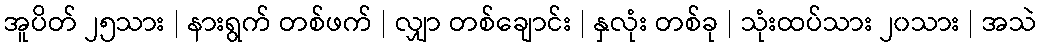
အူပိတ် ၂၅သား | နားရွက် တစ်ဖက် | လျှာ တစ်ချောင်း | နှလုံး တစ်ခု | သုံးထပ်သား ၂၀သား | အသဲ